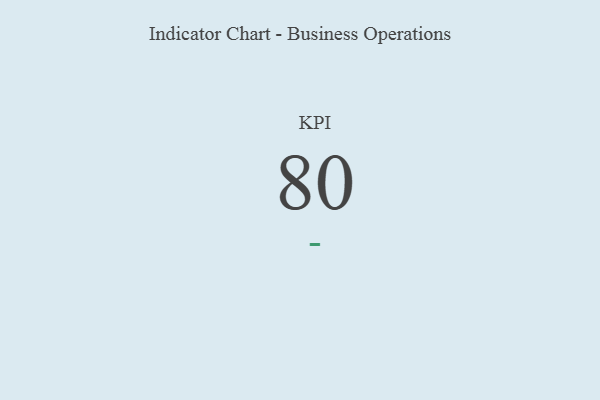
{"axis": {"x": "KPI", "y": "Value"}, "legend": [""], "data": [{"x": "KPI", "y": 80, "type": ""}]}